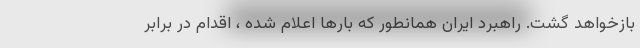
بازخواهد گشت. راهبرد ایران همانطور که بارها اعلام شده ، اقدام در برابر